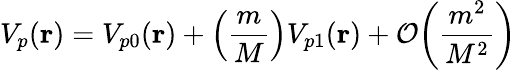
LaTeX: V_{p}({\mathbf r})=V_{p0}({\mathbf r})+\left(\frac{m}{M}\right)V_{p1}({\mathbf r})+{\cal O}\bigg(\frac{m^{2}}{M^{2}}\bigg)